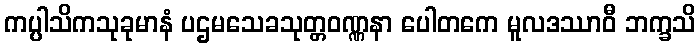
ကပ္ပါသိကသုခုမာနံ ပဌမသေခသုတ္တဝဏ္ဏနာ ပေါတကေ မူလဒဿာဝီ ဘက္ခသိ